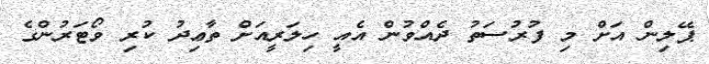
ޕޭލިން އަށް މި ފުރުސަތު ދެއްވުން އެއީ ހިލަރީއަށް ތާޢިދު ކުރި ވޯޓަރުންގެ